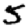
Digit: 5